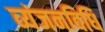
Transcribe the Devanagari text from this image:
व्यंजनविधि